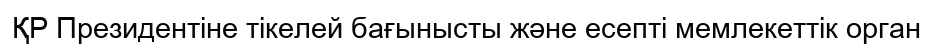
ҚР Президентіне тікелей бағынысты және есепті мемлекеттік орган